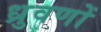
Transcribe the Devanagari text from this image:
ध्रुवणों